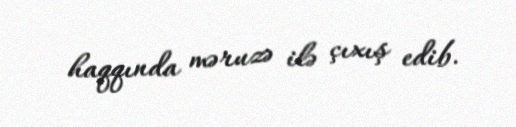
haqqında məruzə ilə çıxış edib.